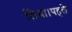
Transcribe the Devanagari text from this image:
लिया।पहले